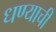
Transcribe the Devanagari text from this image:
धण्याची